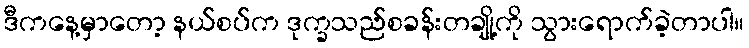
ဒီကနေ့မှာတော့ နယ်စပ်က ဒုက္ခသည်စခန်းတချို့ကို သွားရောက်ခဲ့တာပါ။